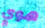
هوي